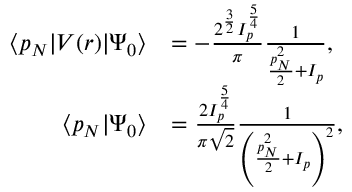
\begin{array} { r l } { \langle \boldsymbol { p } _ { N } | V ( \boldsymbol { r } ) | \Psi _ { 0 } \rangle } & { = - \frac { 2 ^ { \frac { 3 } { 2 } } I _ { p } ^ { \frac { 5 } { 4 } } } { \pi } \frac { 1 } { \frac { \boldsymbol { p } _ { N } ^ { 2 } } { 2 } + I _ { p } } , } \\ { \langle \boldsymbol { p } _ { N } | \Psi _ { 0 } \rangle } & { = \frac { 2 I _ { p } ^ { \frac { 5 } { 4 } } } { \pi \sqrt { 2 } } \frac { 1 } { \left( \frac { \boldsymbol { p } _ { N } ^ { 2 } } { 2 } + I _ { p } \right) ^ { 2 } } , } \end{array}